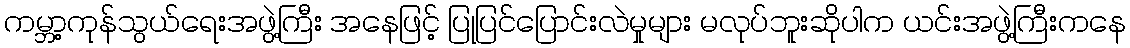
ကမ္ဘာ့ကုန်သွယ်ရေးအဖွဲ့ကြီး အနေဖြင့် ပြုပြင်ပြောင်းလဲမှုများ မလုပ်ဘူးဆိုပါက ယင်းအဖွဲ့ကြီးကနေ